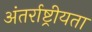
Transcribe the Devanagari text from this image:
अंतर्राष्ट्रीयता